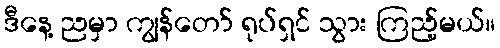
ဒီနေ့ ညမှာ ကျွန်တော် ရုပ်ရှင် သွား ကြည့်မယ်။